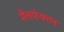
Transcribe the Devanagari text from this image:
मैलफंक्शन